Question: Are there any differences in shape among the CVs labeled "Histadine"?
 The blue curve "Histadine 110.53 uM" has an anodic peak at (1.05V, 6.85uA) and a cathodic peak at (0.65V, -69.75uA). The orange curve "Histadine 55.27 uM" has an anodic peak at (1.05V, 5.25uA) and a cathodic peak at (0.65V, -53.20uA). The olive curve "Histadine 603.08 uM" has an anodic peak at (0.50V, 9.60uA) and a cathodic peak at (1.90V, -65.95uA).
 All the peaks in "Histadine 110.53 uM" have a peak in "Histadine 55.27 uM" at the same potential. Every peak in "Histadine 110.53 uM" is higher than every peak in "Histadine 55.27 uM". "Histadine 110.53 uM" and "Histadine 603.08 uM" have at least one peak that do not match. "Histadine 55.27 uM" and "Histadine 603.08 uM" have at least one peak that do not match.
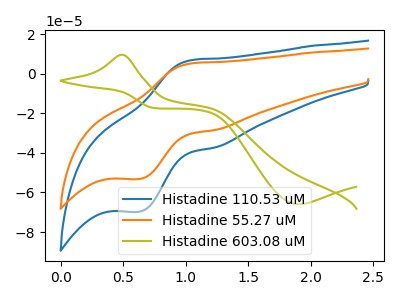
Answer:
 <answer>All the CV's of "Histadine" have similar shape.</answer>
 <eval>follow_rule</eval>